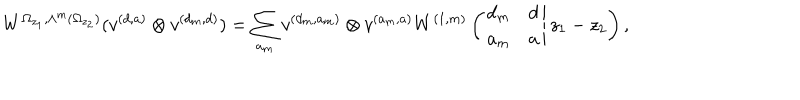
LaTeX: W ^ { \Omega _ { z _ { 1 } } , \wedge ^ { m } ( \Omega _ { z _ { 2 } } ) } ( v ^ { ( d , a ) } \otimes v ^ { ( d _ { m } , d ) } ) = \sum _ { a _ { m } } v ^ { ( d _ { m } , a _ { m } ) } \otimes v ^ { ( a _ { m } , a ) } W ^ { ( 1 , m ) } \left( \left. \begin{array} { c c } { { d _ { m } } } & { { d } } \\ { { a _ { m } } } & { { a } } \\ \end{array} \right| z _ { 1 } - z _ { 2 } \right) ,